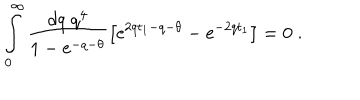
LaTeX: \int _ { 0 } ^ { \infty } \frac { d q \; q ^ { 4 } } { 1 - \mathrm { e } ^ { - q - \theta } } \left[ \mathrm { e } ^ { 2 q t _ { 1 } - q - \theta } - \mathrm { e } ^ { - 2 q t _ { 1 } } \right] = 0 \; .